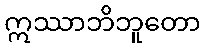
ဣဿာဘိဘူတော